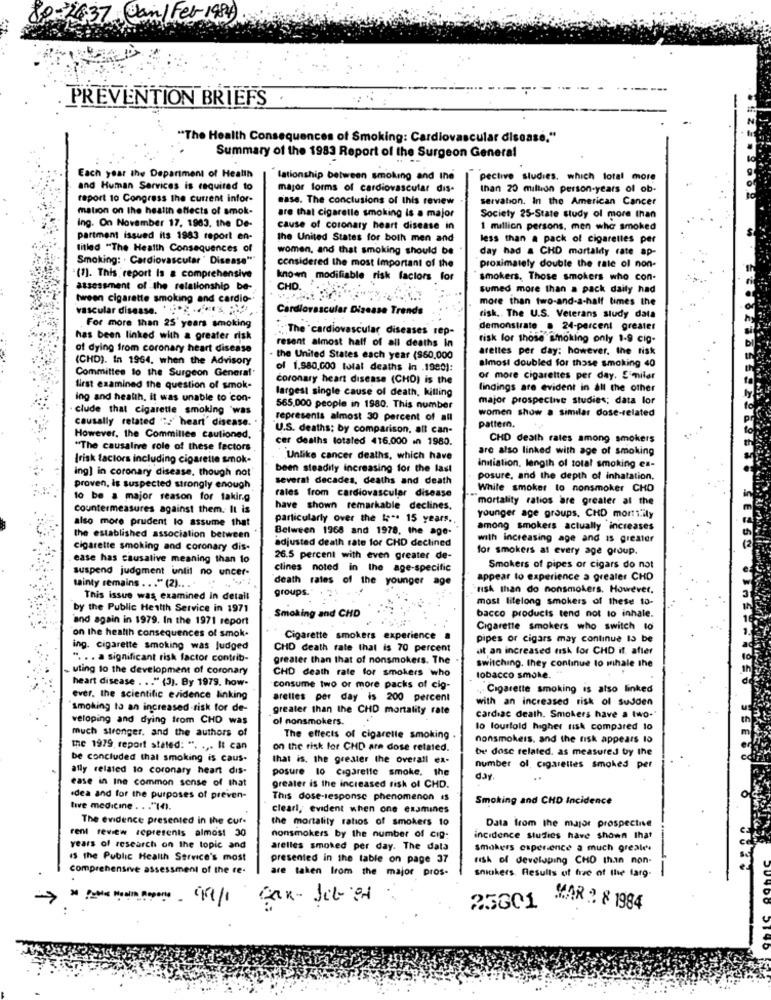
80-2637 Can/Fer 1984
PREVENTION BRIEFS
"The Health Consequences of Smoking: Cardiovascular disease."
Summary of the 1983 Report of the Surgeon General
Each year the Department of Health
"lationship between smoking and the
pective studies. which total more
and Human Services is required to
major forms of cardiovascular dis-
than 20 million person-years of ob-
raport 10 Congress the current infor-
ease. The conclusions of this review
servation. In the American Cancer
6 2
mation on the health effects of smok-
are that cigarette smoking is a major
Society 25-State study of more than
ing. On November 17, 1983. the De-
cause of coronary heart disease in
1 million persons. men who smoked
partment issued its 1983 report en-
the United States for both men and
less than a pack of cigarettes per
titled "The Health Consequences of
women, and that smoking should be
day had & CHD mortality rate ap-
Smoking: . Cardiovascular " Disease""
considered the most Important of the
proximately double the rate of non-
(1). This, report Is a comprehensive
known modifiable risk factors for
smokers. Those smokers who con-
assessment of the relationship be-
CHD.
sumed more than a pack daily had
tween cigarette smoking and cardio-
more than two-and-a-half times the
vascular disease. ''2 .4"'s
Cardiovascular Disease Trends
risk.The U.S. Veterans study data
For more than 25' years smoking
" The cardiovascular diseases rep-
demonstrate @ 24-percent greater
has been linked with a greater risk
risk for those smoking only 1-9 cig-
of dying from coronary heart disease
resent almost half of all deaths in
arettes per day: however, the risk
(CHD). In 1964. when the Advisory
. the United States each year (960,000
almost doubled for those smoking 40
Committee to the Surgeon General
of 1.980,000 total deaths in .1980):
coronary heart disease (CHO) is the
or more cigarettes per day. Similar
first examined the question of smok-
findings are evident in all the other
ing and health, it was unable to con-
largest single cause of death, killing
major prospective studies; data lor
clude that cigarette smoking 'was
565,000 people in 1980. This number
women show a similar dose-related
causally related " :: ' heart' disease.
represents almost 30 percent of all
U.S. deaths; by comparison, all can-
pattern.
However, the Commitles cautioned,
cer deaths totaled 416.000 in 1980.
CHD death rates among smokers
"The causalive role of these factors
are also linked with age of smoking
(risk factors including cigarette smoke
`Unlike cancer deaths, which have
been steadily increasing for the last
initiation, length of total smoking ex-
ing] in coronary disease, though not
several decades, deaths and death
posure, and the depth of inhatation.
proven, is suspected strongly enough
rates from cardiovascular disease
While smoker to nonsmoker CHD
to be a major reason for taking
"mortality ratios are greater at the
countermeasures against them. It is
have shown remarkable declines.
also more prudent lo assume that
particularly over the tet. 15 years ..
younger age groups, CHD morts ily
Between 1968 and 1978. the age-
among smokers actually increases
the established association between
adjusted death rate for CHD declined
with increasing age and is greater
cigarette smoking and coronary dis-
for smokers at every age group.
ease has causative meaning than to
26.5 percent with even greater de-
suspend judgment until no uncer-
clines noted in the age-specific
Smokers of pipes or cigars do not
death rates of the younger age
appear to experience a greater CHD
tinty remains ... "(2) ... ....
groups.
"risk than do nonsmokers. However,
This issue was examined in detail
most lifelong smokers of these to-
by the Public Health Service in 1971
bacco products tend not to inhale.
and again in 1979. In the 1971 report
Smoking and CHD
Cigarette smokers who switch to
on the health consequences of smok.
Cigarette smokers experience
pipes or cigars may continue 13 be
ing. cigarette smoking was judged
CHD death rate that is 70 percent
at an increased risk for CHD if. after
". .. a significant risk factor contrib-
greater than that of nonsmokers. The
uting to the development of coronary
CHD death rate for smokers who
switching. they continue to mihale the
heart disease . .. " (3). By 1979. how-
tobacco smoke. "
consume two or more packs of cig-
Cigarette smoking is also linked
ever. the scientific evidence linking
arelles per day is 200 percent
with an increased risk of sudden
smoking to an increased risk for de-
greater than the CHD mortality rate
veloping and dying from CHD was
of nonsmokers.
cardiac death. Smokers have a two-
much stronger, and the authors of
lo fourfold higher risk compared to
The effects of cigarette smoking
nonsmokers, and the fisk appears to
the 1979, report stated: ". ... It can
on the risk for CHD are dose related.
be dose related. as measured by the
be concluded that smoking is caus.
that is, the greater the overall ex-
ally related to coronary heart dis-
posure 10 cigarette smoke. the
number of cigarettes smoked per
ease in Ine common sense of that
day.
greater is the increased risk of CHD.
idea and for the purposes of preven-
This dose-response phenomenon is
Smoking and CHD Incidence
tive medicine . . . "(4).
clearl, evident when one examines
The evidence presented in the cur.
the mortality ratios of smokers 10
rent review represents almost 30
Data from the major prospective
nonsmokers by the number of cig:
incidence studies have shown that
years of research on the topic and
arelles smoked per day. The data
smokers experience a much greater
15 the Public Health Service's most
presented in the table on page 37
risk of developing CHO than non-
comprehensive assessment of the re-
are taken from the major pros-
snickers. Results of five of the farg-
Car-Jet 21
25301
WAR " & 1984